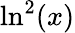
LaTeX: \ln^{2}(x)